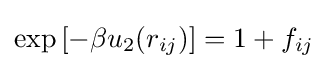
\exp \left[-\beta u_{2}(r_{ij})\right]=1+f_{ij}